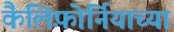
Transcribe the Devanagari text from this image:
कैलिफ़ोर्नियाच्या